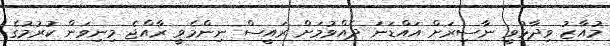
މުއާޒު ވިދާޅުވީ ނާސިރަށް އައްޑަނަ ދެއްވުމަށް ރައީސް ނިންމެވީ ރާއްޖެ މިނިވަން ކުރުމުގެ